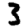
Digit: 3